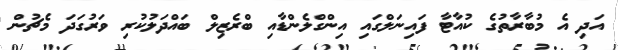
އަދި އެ މުބާރާތުގެ ކުއާޓާ ފައިނަލްގައި އިންގްލެންޑާއި ބްރެޒިލް ބައްދަލުކުރި ވަރުގަދަ މެޗުން